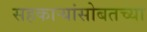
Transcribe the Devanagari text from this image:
सहकार्‍यांसोबतच्या